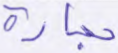
حجارة